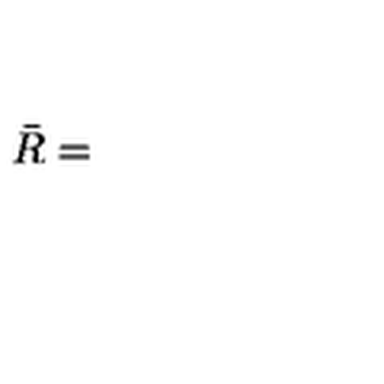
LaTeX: \bar { R } =